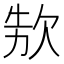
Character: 𣢳